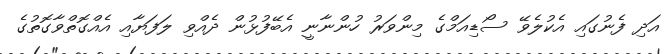
އަދި ފެނުގައި އެކުލެވޭ ސޯޑިއަމްގެ މިންވަރު ހުންނާނީ އެބޭފުޅުން ދެއްވި ލަފަޔާއި އެއްގޮތްވާގޮތުގެ